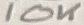
Text: 10K